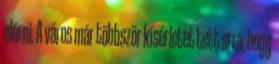
elérni. A város már többször kísérletet tett arra, hogy